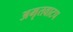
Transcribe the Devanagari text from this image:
अमृतवाटप